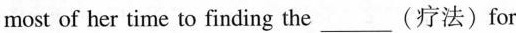
most of her time to finding the___(疗法)for